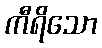
ကီရိသော